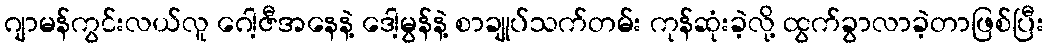
ဂျာမန်ကွင်းလယ်လူ ဂေါ့ဇီအနေနဲ့ ဒေါ့မွန်နဲ့ စာချုပ်သက်တမ်း ကုန်ဆုံးခဲ့လို့ ထွက်ခွာလာခဲ့တာဖြစ်ပြီး